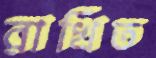
রাখিত